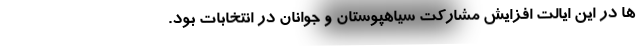
ها در این ایالت افزایش مشارکت سیاهپوستان و جوانان در انتخابات بود.